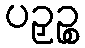
ပဉှဉ္စ